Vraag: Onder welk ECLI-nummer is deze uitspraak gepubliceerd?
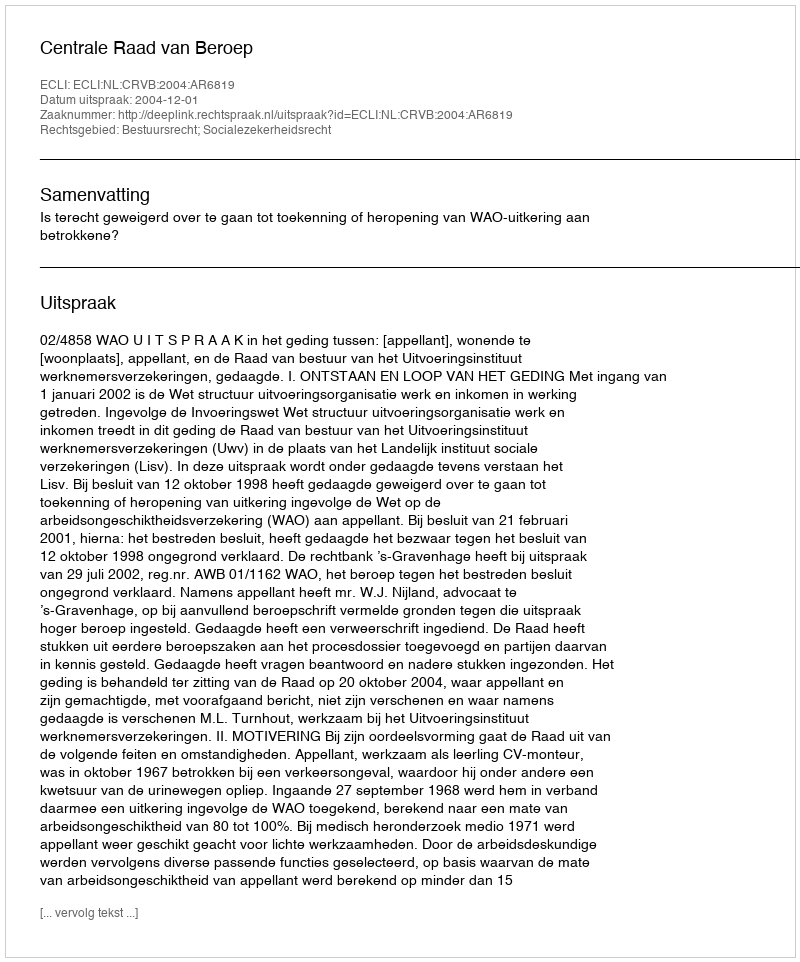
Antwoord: ECLI:NL:CRVB:2004:AR6819